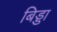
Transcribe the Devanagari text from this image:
बिड्डा